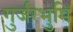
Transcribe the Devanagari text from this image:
गुर्जरभुमि